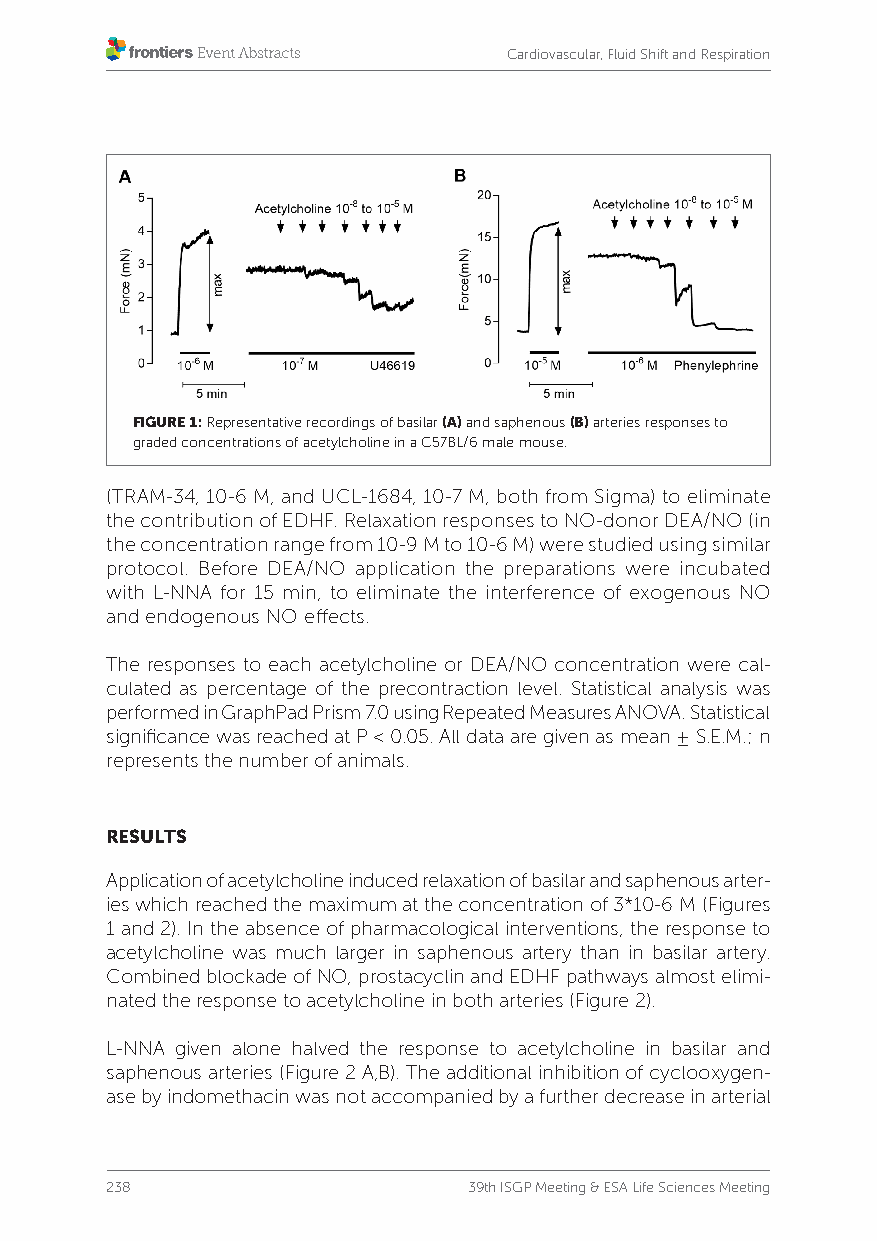
Cardiovascular, Fluid Shift and Respiration
 FIGURE 1: Representative recordings of basilar (A) and saphenous (B) arteries responses to
 graded concentrations of acetylcholine in a C57BL/6 male mouse.
 (TRAM-34, 10-6 M, and UCL-1684, 10-7 M, both from Sigma) to eliminate
 the contribution of EDHF. Relaxation responses to NO-donor DEA/NO (in
 the concentration range from 10-9 M to 10-6 M) were studied using similar
 protocol. Before DEA/NO application the preparations were incubated
 with L-NNA for 15 min, to eliminate the interference of exogenous NO
 and endogenous NO effects.
 The responses to each acetylcholine or DEA/NO concentration were cal-
 culated as percentage of the precontraction level. Statistical analysis was
 performed in GraphPad Prism 7.0 using Repeated Measures ANOVA. Statistical
 significance was reached at P < 0.05. All data are given as mean ± S.E.M.; n
 represents the number of animals.
 RESULTS
 Application of acetylcholine induced relaxation of basilar and saphenous arter-
 ies which reached the maximum at the concentration of 3*10-6 M (Figures
 1 and 2). In the absence of pharmacological interventions, the response to
 acetylcholine was much larger in saphenous artery than in basilar artery.
 Combined blockade of NO, prostacyclin and EDHF pathways almost elimi-
 nated the response to acetylcholine in both arteries (Figure 2).
 L-NNA given alone halved the response to acetylcholine in basilar and
 saphenous arteries (Figure 2 A,B). The additional inhibition of cyclooxygen-
 ase by indomethacin was not accompanied by a further decrease in arterial
 238                     39th ISGP Meeting & ESA Life Sciences Meeting